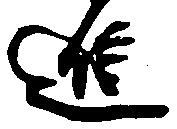
進